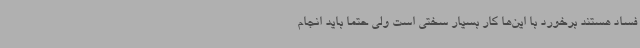
فساد هستند برخورد با این‌ها کار بسیار سختی است ولی حتماً باید انجام